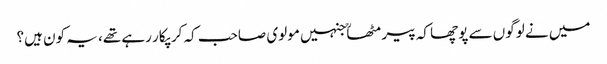
میں نے لوگوں سے پوچھا کہ پیر مٹھاؒ جنہیں مولوی صاحب کہ کر پکار رہے تھے، یہ کون ہیں؟